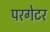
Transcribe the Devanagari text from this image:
परगेटर